system: You are a helpful assistant.
user:
Analyze the provided spectrum to determine if it is a **White Dwarf (WD)**.

A White Dwarf spectrum is defined by its **extreme purity** (due to gravitational settling) and/or **extreme pressure broadening** (due to high surface gravity). You must check for one of the following mutually exclusive signatures:

- **Key Visual Indicators (Check for ONE of these types):**

    - **1. DA-Type Signature (Most Common):**
        - **(Primary Feature):** Extreme pressure broadening (Stark broadening) of the **Hydrogen (H) Balmer lines**.
        - **(Key Lines):** $H\beta$ (approx. $4861$ Å) and $H\gamma$ (approx. $4340$ Å). $H\alpha$ (approx. $6563$ Å) will also be present if the wavelength range covers it.
        - **(Line Profile):** This is the **defining feature**. The lines are **NOT** sharp. They appear as massive, **extremely broad and deep "troughs" or "dips"** in the spectrum, often hundreds of Ångströms wide. The continuum will appear to "scoop" down at these wavelengths.
        - **(Distinction):** Normal A-type or B-type stars have *narrow* and *sharp* Hydrogen lines. A DA White Dwarf's lines are unmistakably "smeared" or "blurry" from pressure.

    - **2. DB-Type Signature:**
        - **(Primary Feature):** Broad absorption lines from **Neutral Helium (He I)**. The spectrum must lack any visible Hydrogen lines.
        - **(Key Lines):** Look for broad absorption near $4471$ Å, $4921$ Å, and $5876$ Å.
        - **(Line Profile):** These lines are also significantly pressure-broadened, appearing much wider than they would in a normal B-type main-sequence star.

    - **3. DC-Type Signature:**
        - **(Primary Feature):** A **featureless continuous spectrum**.
        - **(Line Profile):** The spectrum is a smooth curve with **no significant absorption or emission lines**.
        - **(Key Confirmation):** The continuum is almost always **blue or white**, indicating a hot object. This signature implies the atmosphere is so pure (or so cool) that no spectral lines are visible in the optical range. Its WD identity is confirmed by its extremely low intrinsic brightness (high absolute magnitude).

    - **4. DZ-Type Signature (Metal-Polluted):**
        - **(Primary Feature):** **Isolated, narrow metal absorption lines** on an otherwise featureless (DC-like) continuum.
        - **(Key Lines):** The **Calcium (Ca II) H & K doublet** (approx. **$3934$ Å** and **$3968$ Å**) is the most common and defining feature.
        - **(Line Profile):** These lines are "out of place." They are *not* part of a "forest" of thousands of lines. This signature is evidence of recent *accretion* (pollution) from rocky debris.
        - **(Distinction):** Normal G/K/M stars have a *dense forest* of thousands of metal lines. A DZ has a *clean* continuum with *only a few* strong metal lines.

    - **5. DQ-Type Signature (Carbon-Polluted):**
        - **(Primary Feature):** Absorption bands from **Carbon (C₂ "Swan Bands" or atomic C I)**.
        - **(Key Lines - C₂):** Look for bandheads with a "saw-tooth" shape near $5635$ Å, **$5165$ Å** (strongest), and $4737$ Å.
        - **(Key Confirmation):** The underlying **continuum must be blue or white** (hot).
        - **(Distinction):** This is the critical difference from a **Carbon Star**, which has the *exact same* C₂ bands but on an extremely **red, cool** continuum.

- **(Overall Spectrum):**
    - The continuum (overall shape) is typically **blue-sloping** (brighter in the blue than the red), as most white dwarfs are very hot.
    - The spectrum will look "pure" or "simple," dominated by only *one* of the five signatures listed above.

Think first, call **spectral_visualization_tool** if needed to examine features in detail, then provide your final answer. Your response must adhere to the following strict rules:
1.  **Overall Structure:** Your response must follow the format `<think>...</think> <tool_call>...</tool_call> (if a tool is used) <answer>...</answer>`.
2.  **Tool Usage Constraint:** You may only make **one** tool call per turn.
3.  **Final Answer Format:** In the `<answer>` tag, your conclusion must be inside a `\boxed{}` command (e.g., `\boxed{YES}` or `\boxed{NO}`), followed by your justification.

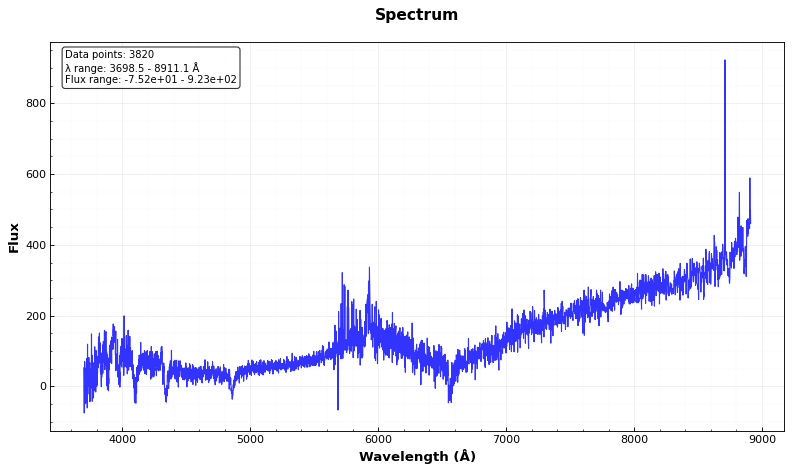
Answer: YES